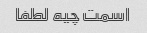
اسمت چیه لطفا